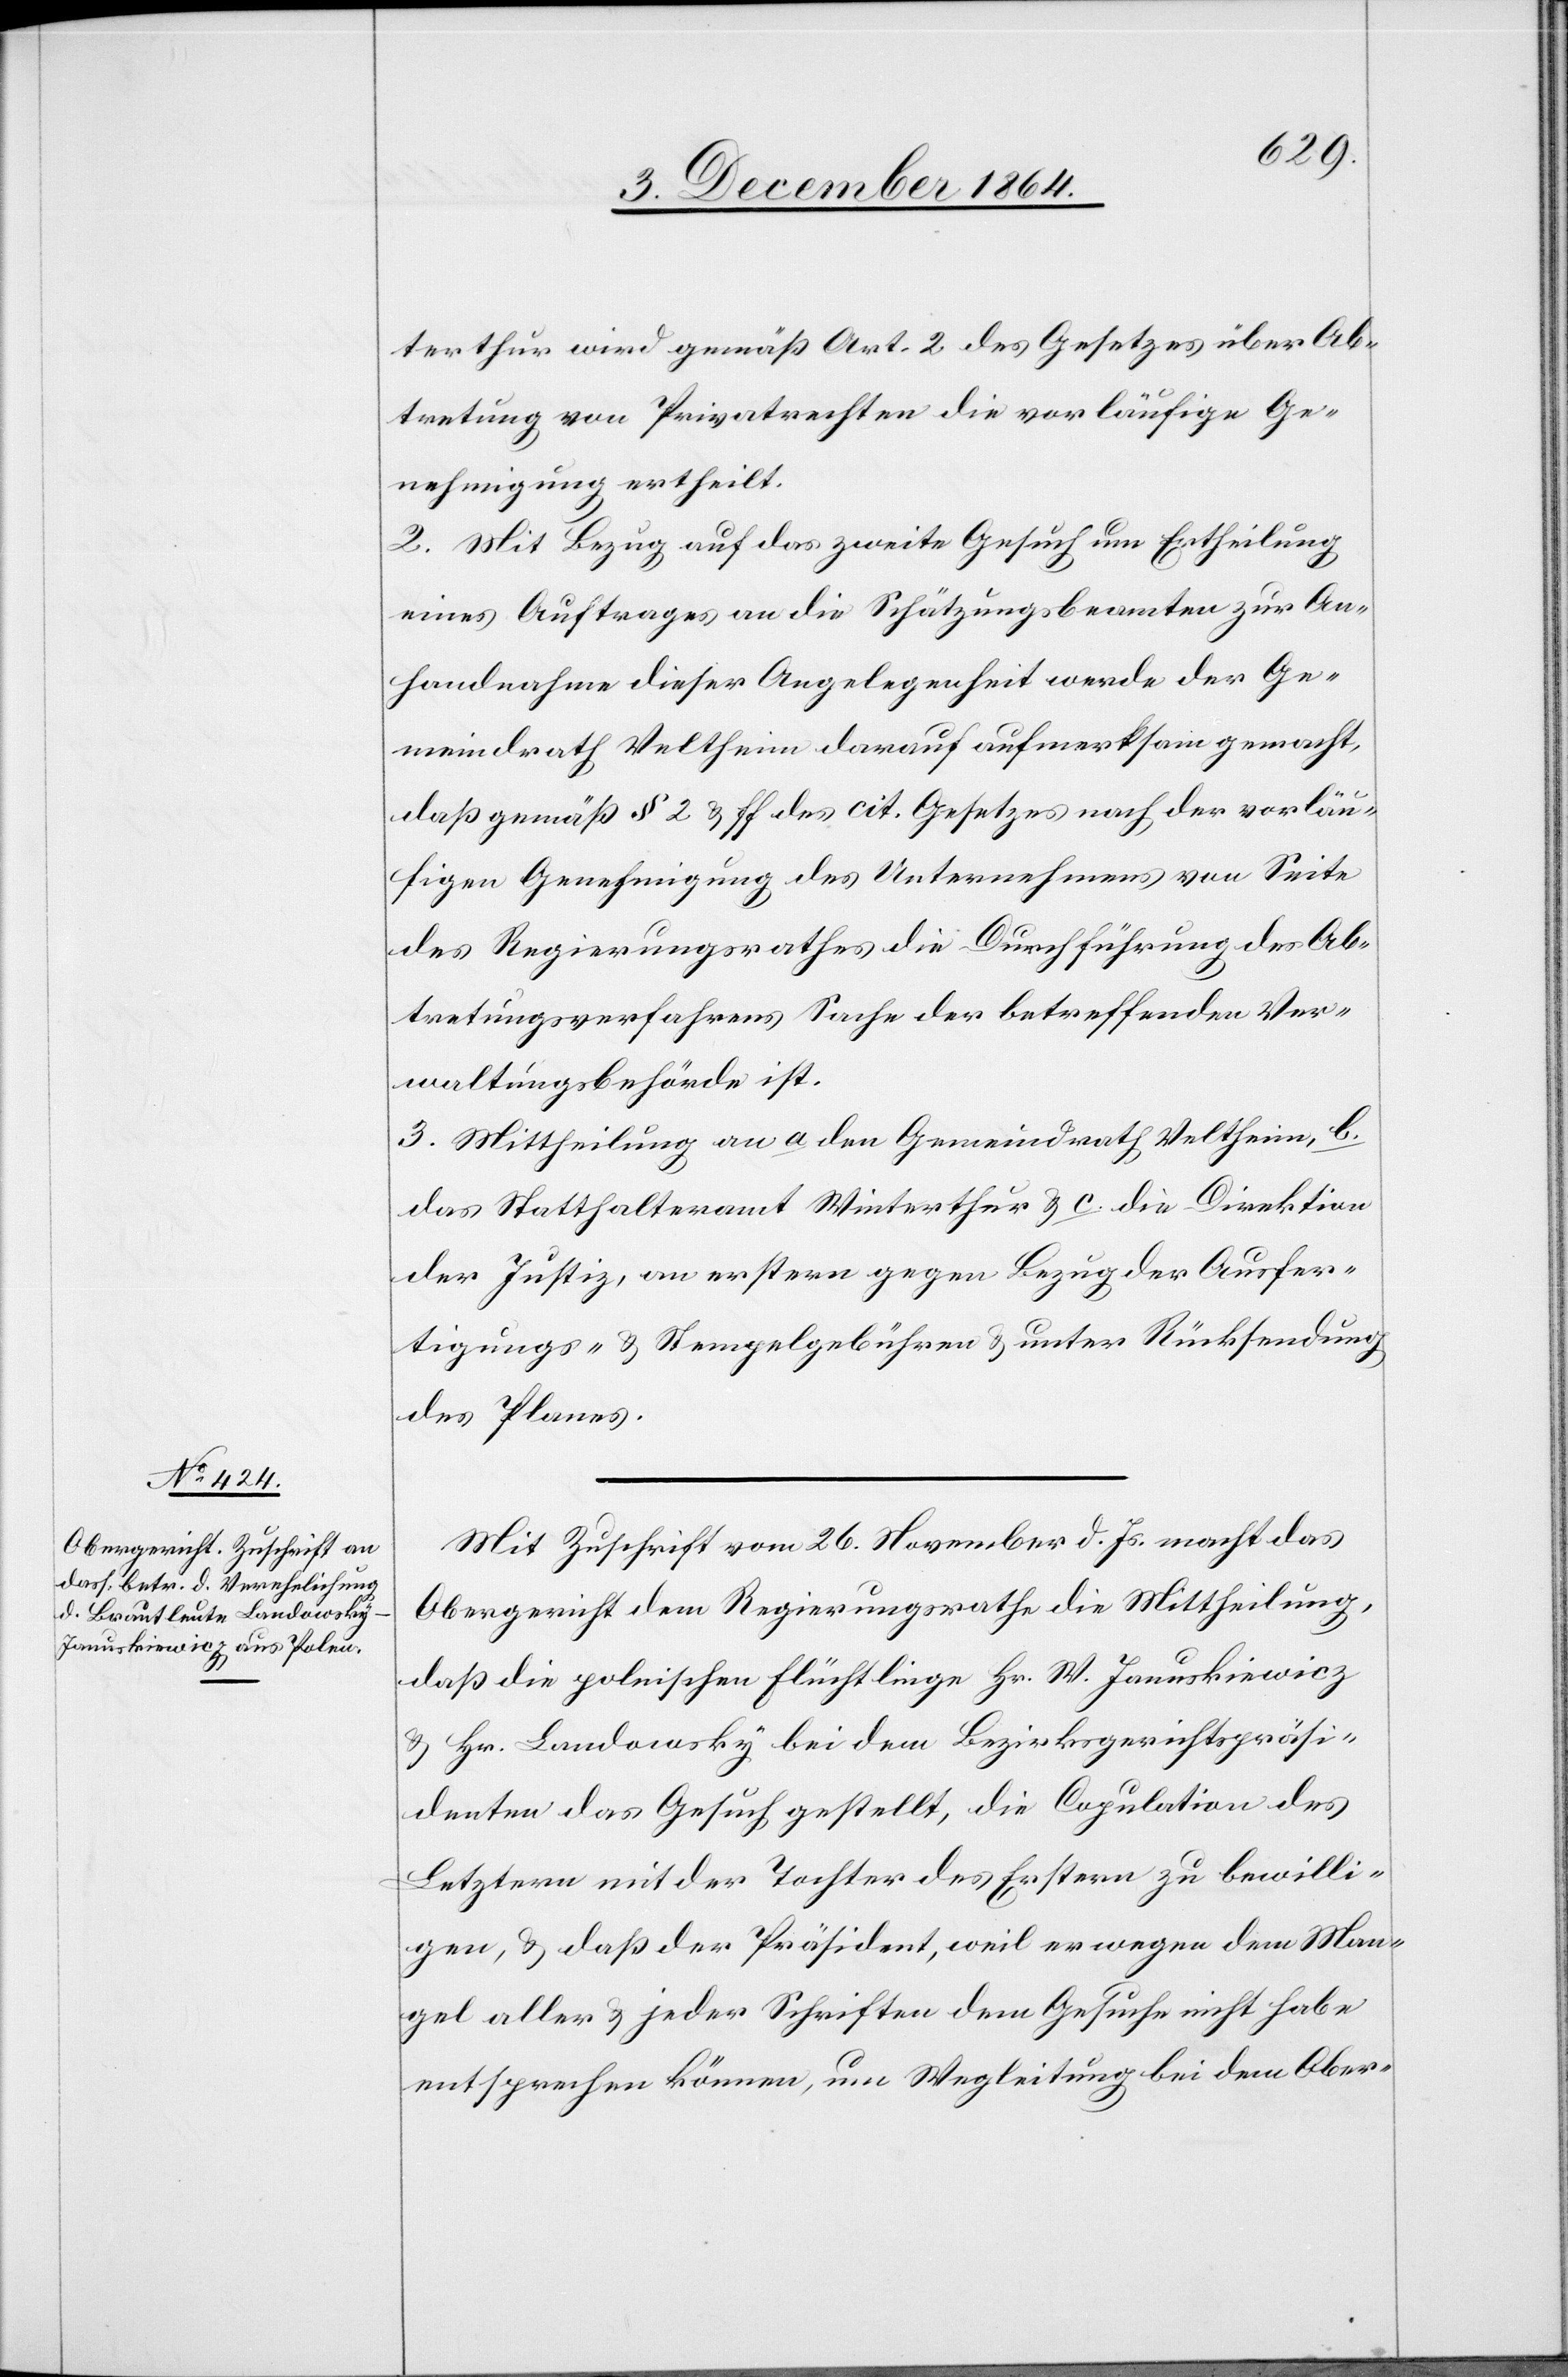
terthur wird gemäß Art. 2 des Gesetzes über Ab¬
tretung von Privatrechten die vorläufige Ge¬
nehmigung ertheilt.
2. Mit Bezug auf das zweite Gesuch um Ertheilung
eines Auftrages an die Schätzungsbeamten zur An¬
handnahme dieser Angelegenheit werde der Ge¬
meindrath Veltheim darauf aufmerksam gemacht,
daß gemäß § 2 & ff des cit. Gesetzes nach der vorläu¬
figen Genehmigung des Unternehmens von Seite
des Regierungsrathes die Durchführung der Ab¬
tretungsverfahren Sache der betreffenden Ver¬
waltungsbehörde ist.
3. Mittheilung an a. den Gemeindrath Veltheim, b.
das Statthalteramt Winterthur & c. die Direktion
der Justiz, an erstere gegen Bezug der Ausfer¬
tigungs- & Stempelgebühren & unter Rücksendung
des Planes.
Mit Zuschrift vom 26. November d. Js. macht das
Obergericht dem Regierungsrathe die Mittheilung,
daß die polnischen Flüchtlinge Hr. W. Januskiewicz
& Hr. Landowsky bei dem Bezirksgerichtspräsi¬
denten das Gesuch gestellt, die Copulation des
Letztern mit der Tochter des Erstern zu bewilli¬
gen, & daß der Präsident, weil er wegen dem Man¬
gel aller & jeder Schriften dem Gesuche nicht habe
entsprechen können, um Wegleitung bei dem Ober-